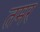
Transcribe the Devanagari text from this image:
तमर